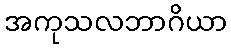
အကုသလဘာဂိယာ